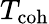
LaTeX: T_{\mathrm{{coh}}}